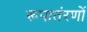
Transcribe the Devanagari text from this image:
रूपातंरणों